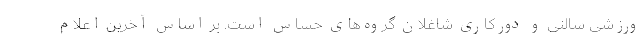
ورزشی سالنی و دورکاری شاغلان گروه‌های حساس است. بر اساس آخرین اعلام